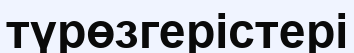
түрөзгерістері